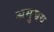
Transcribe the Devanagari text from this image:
अमुच्चय